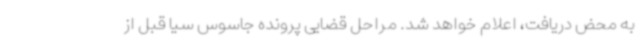
به محض دریافت، اعلام خواهد شد. مراحل قضایی پرونده جاسوس سیا قبل از